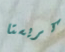
كريستا